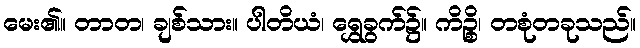
မေး၏။ တာတ၊ ချစ်သား။ ပါတိယံ၊ ရွှေခွက်၌။ ကိဉ္စိ၊ တစုံတခုသည်။